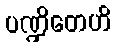
ပဏ္ဍိတေဟိ